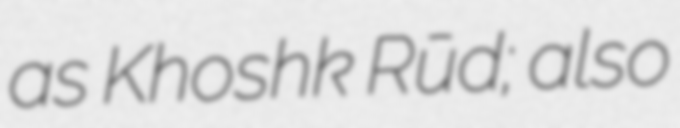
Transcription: as Khoshk Rūd; also